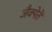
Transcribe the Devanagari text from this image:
जैक्पेतें